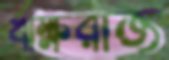
ঋক্ষরাজ